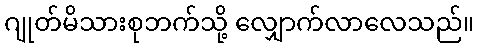
ဂျုတ်မိသားစုဘက်သို့ လျှောက်လာလေသည်။